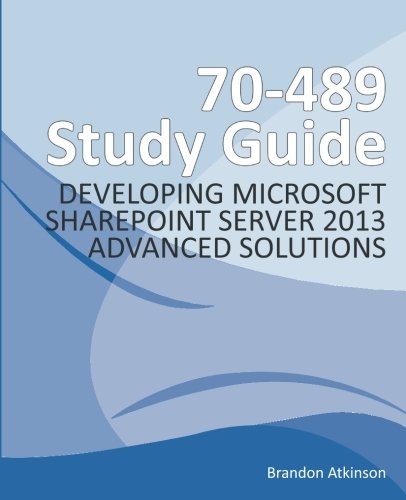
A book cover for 70-489 Study Guide - Developing Microsoft SharePoint Server 2013 Advanced Solutions; Brandon G Atkinson; Computers & Technology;